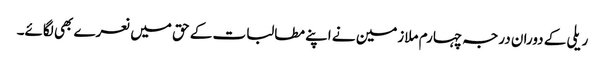
ریلی کے دوران درجہ چہارم ملازمین نے اپنے مطالبات کے حق میں نعرے بھی لگائے۔